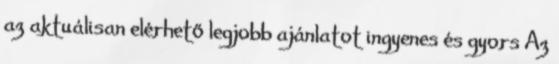
az aktuálisan elérhető legjobb ajánlatot ingyenes és gyors Az